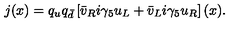
j ( x ) = q _ { u } q _ { \bar { d } } \left[ \bar { v } _ { R } i \gamma _ { 5 } u _ { L } + \bar { v } _ { L } i \gamma _ { 5 } u _ { R } \right] ( x ) .